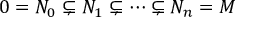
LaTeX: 0 = N _ { 0 } \subsetneq N _ { 1 } \subsetneq \cdots \subsetneq N _ { n } = M